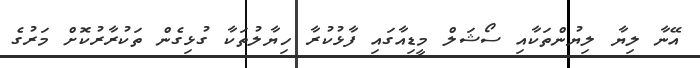
އޭނާ ލިޔާ ލިޔުންތަކާއި ސޯޝަލް މީޑިއާގައި ފާޅުކުރާ ހިޔާލުތަކާ ގުޅިގެން ތަކުރާރުކޮށް މަރުގެ